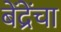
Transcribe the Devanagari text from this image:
बेंद्रेंचा